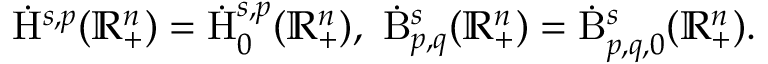
\begin{array} { r } { \dot { \mathrm { H } } ^ { s , p } ( \mathbb { R } _ { + } ^ { n } ) = \dot { \mathrm { H } } _ { 0 } ^ { s , p } ( \mathbb { R } _ { + } ^ { n } ) \mathrm { , ~ } \, \dot { \mathrm { B } } _ { p , q } ^ { s } ( \mathbb { R } _ { + } ^ { n } ) = \dot { \mathrm { B } } _ { p , q , 0 } ^ { s } ( \mathbb { R } _ { + } ^ { n } ) \mathrm { . ~ } } \end{array}